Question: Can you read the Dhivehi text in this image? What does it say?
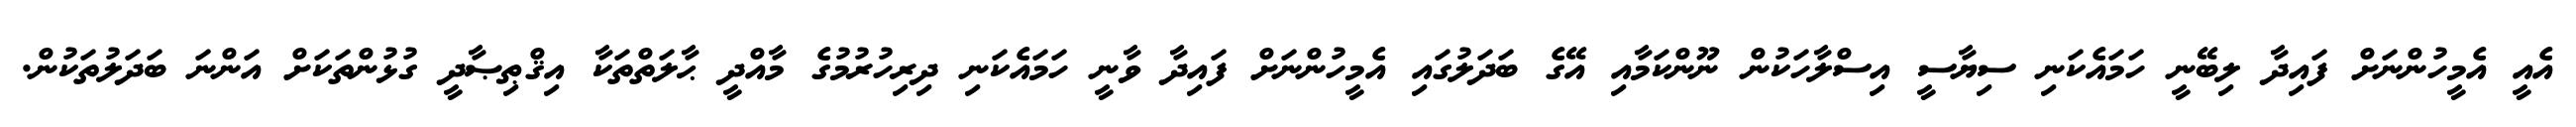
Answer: އެއީ އެމީހުންނަށް ފައިދާ ލިބޭނީ ހަމައެކަނި ސިޔާސީ އިސްލާހަކުން ނޫންކަމާއި އޭގެ ބަދަލުގައި އެމީހުންނަށް ފައިދާ ވާނީ ހަމައެކަނި ދިރިހުރުމުގެ މާއްދީ ޙާލަތްތަކާ އިޤްޠިޞާދީ ގުޅުންތަކަށް އަންނަ ބަދަލުތަކުން.